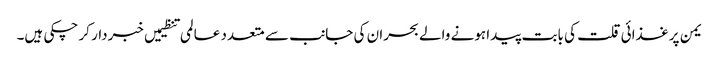
یمن پر غذائی قلت کی بابت پیدا ہونے والے بحران کی جانب سے متعدد عالمی تنظیمیں خبردار کر چکی ہیں۔